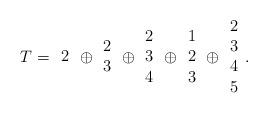
LaTeX: \begin{align*}T={\begin{array}{c}2\end{array}}\oplus{\begin{array}{c}2\\3\end{array}}\oplus{\begin{array}{c}2\\3\\4\end{array}}\oplus{\begin{array}{c}1\\2\\3\end{array}}\oplus{\begin{array}{c}2\\3\\4\\5\end{array}}.\end{align*}